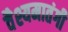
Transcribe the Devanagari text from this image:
वैश्यमातंगी